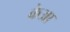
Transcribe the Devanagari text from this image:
केआ